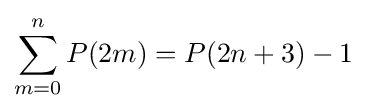
\sum _{m=0}^{n}P(2m)=P(2n+3)-1